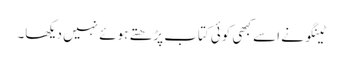
ٹینگو نے اسے کبھی کوئی کتاب پڑھتے ہوئے نہیں دیکھا۔